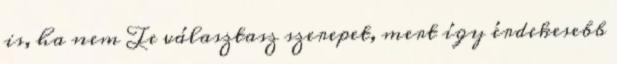
is, ha nem Te választasz szerepet, mert így érdekesebb